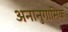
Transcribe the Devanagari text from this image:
अनानुगामिक